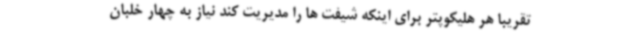
تقریبا هر هلیکوپتر برای اینکه شیفت ها را مدیریت کند نیاز به چهار خلبان